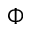
\Phi